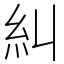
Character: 糾